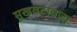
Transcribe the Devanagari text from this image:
मुखवटावजा